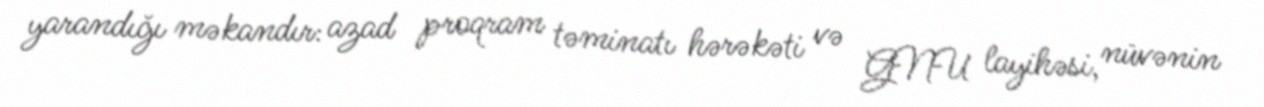
yarandığı məkandır: azad proqram təminatı hərəkəti və GNU layihəsi, nüvənin